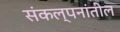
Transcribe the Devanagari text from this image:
संकल्पनांतील